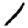
Digit: 1